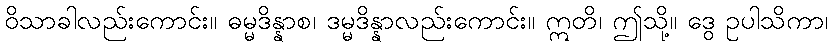
ဝိသာခါလည်းကောင်း။ ဓမ္မဒိန္နာစ၊ ဒမ္မဒိန္နာလည်းကောင်း။ ဣတိ၊ ဤသို့။ ဒွေ ဥပါသိကာ၊